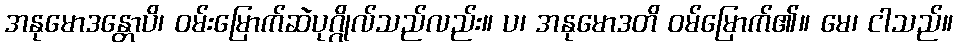
အနုမောဒန္တောပိ၊ ဝမ်းမြောက်ဆဲပုဂ္ဂိုလ်သည်လည်း။ ပ၊ အနုမောဒတိ ဝမ်မြောက်၏။ မေ၊ ငါသည်။